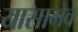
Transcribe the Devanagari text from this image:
यासामेव